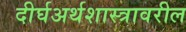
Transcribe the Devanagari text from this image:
दीर्घअर्थशास्त्रावरील